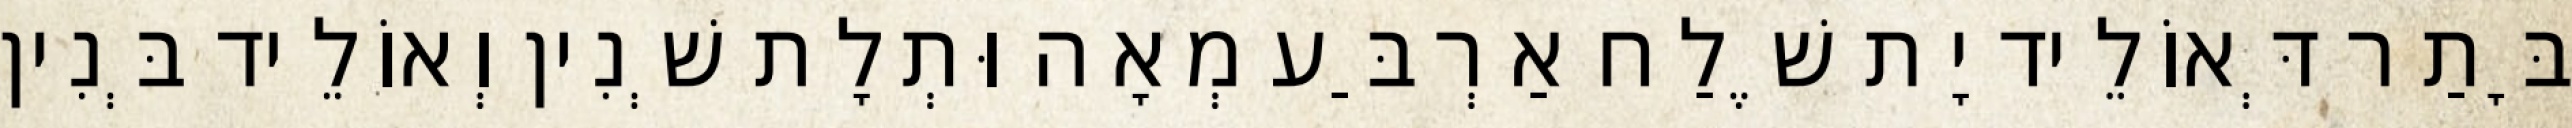
בָּתַר דְּאוֹלֵיד יָת שֶׁלַח אַרְבַּע מְאָה וּתְלָת שְׁנִין וְאוֹלֵיד בְּנִין